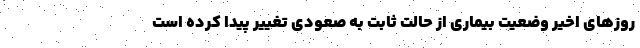
روزهای اخیر وضعیت بیماری از حالت ثابت به صعودی تغییر پیدا کرده است